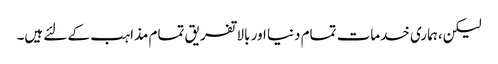
لیکن،ہماری خدمات تمام دنیا اور بالا تفریق تمام مذاہب کے لئے ہیں۔